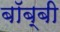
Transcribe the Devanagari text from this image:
बॉब्बी